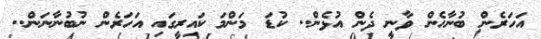
އަހަރެން ބުނާހެން ވާނީ ދެން އުޅެން.. ކުޑަ މަންމަ ކައިރީގައި އަހަރެން ނުބުނާނަން..